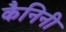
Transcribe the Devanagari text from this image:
कैनिनी